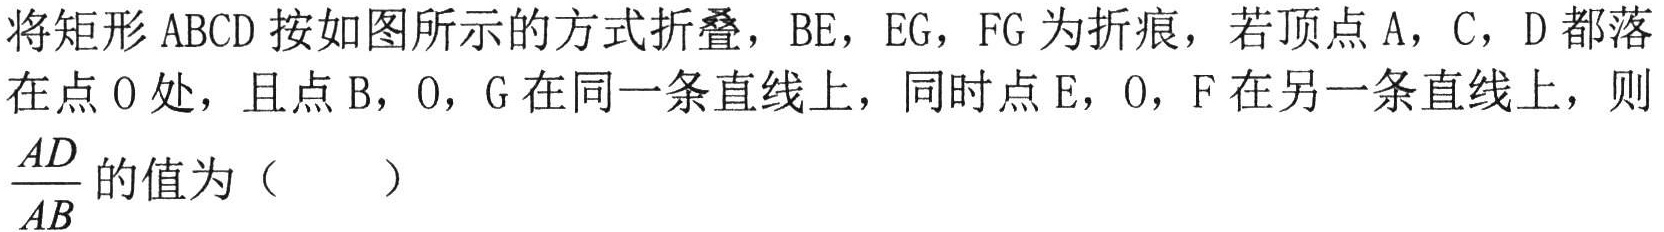
将矩形 \(ABCD\) 按如图所示的方式折叠，\(BE\)，\(EG\)，\(FG\) 为折痕，若顶点 \(A\)，\(C\)，\(D\) 都落在点 \(O\) 处，且点 \(B\)，\(O\)，\(G\) 在同一条直线上，同时点 \(E\)，\(O\)，\(F\) 在另一条直线上，则 \(\frac{AD}{AB}\) 的值为（  ）